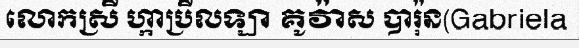
លោកស្រី ហ្កាប្រីលឡា គូវ៉ាស បារ៉ុន(Gabriela